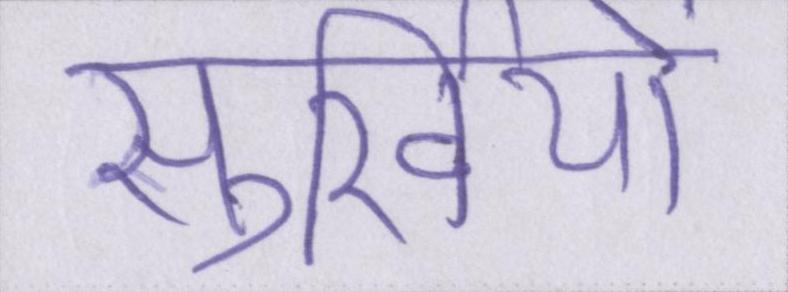
सुर्खियों